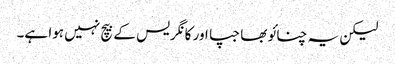
لیکن یہ چنائو بھاجپا اور کانگریس کے بیچ نہیں ہوا ہے۔